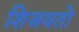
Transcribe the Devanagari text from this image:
शिजवतो